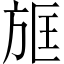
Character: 𣃱